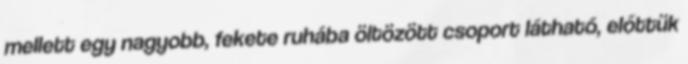
mellett egy nagyobb, fekete ruhába öltözött csoport látható, előttük